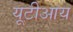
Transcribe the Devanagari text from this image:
यूटीआय